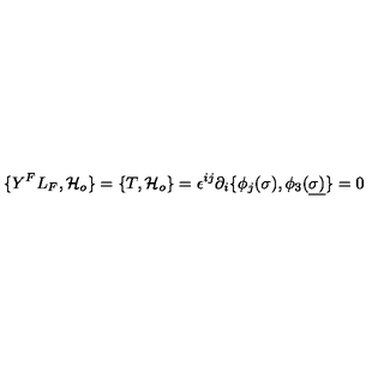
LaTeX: \{ Y ^ { F } L _ { F } , { \cal H } _ { o } \} = \{ T , { \cal H } _ { o } \} = \epsilon ^ { i j } \partial _ { i } \{ \phi _ { j } ( \sigma ) , \phi _ { 3 } ( \underline { { \sigma ) } } \} = 0